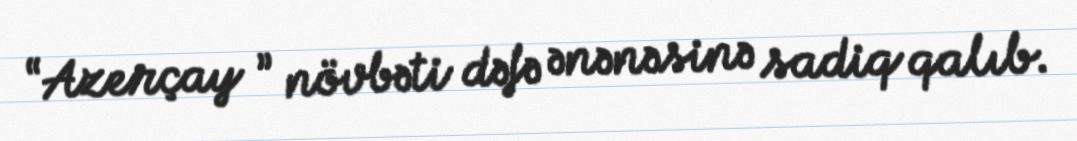
“Azerçay ” növbəti dəfə ənənəsinə sadiq qalıb.